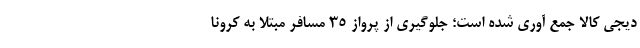
دیجی کالا جمع آوری شده است؛ جلوگیری از پرواز ۳۵ مسافر مبتلا به کرونا